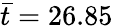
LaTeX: \bar{t}=26.85